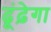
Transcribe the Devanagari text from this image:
ढूंढ़ेगा